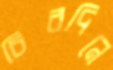
চিরদিনে